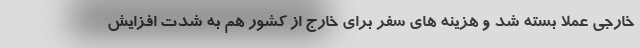
خارجی عملا بسته شد و هزینه های سفر برای خارج از کشور هم به شدت افزایش